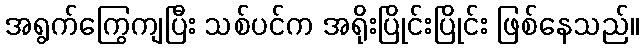
အရွက်ကြွေကျပြီး သစ်ပင်က အရိုးပြိုင်းပြိုင်း ဖြစ်နေသည်။